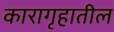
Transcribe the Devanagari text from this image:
कारागृहातील